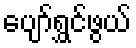
ပျော်ရွှင်ဖွယ်